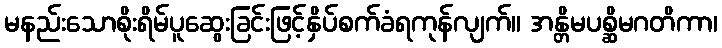
မနည်းသောစိုးရိမ်ပူဆွေးခြင်းဖြင့်နှိပ်စက်ခံရကုန်လျက်။ အန္တိမပစ္ဆိမဂတိကာ၊